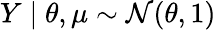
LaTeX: Y\mid\theta,\mu\sim\mathcal{N}(\theta,1)